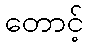
တောင့်